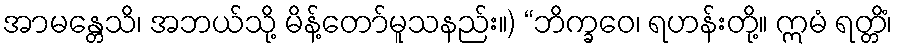
အာမန္တေသိ၊ အဘယ်သို့ မိန့်တော်မူသနည်း။) “ဘိက္ခဝေ၊ ရဟန်းတို့။ ဣမံ ရတ္တိံ၊